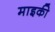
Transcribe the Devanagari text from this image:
माइकी